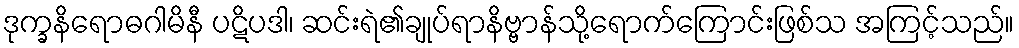
ဒုက္ခနိရောဓဂါမိနီ ပဋိပဒါ၊ ဆင်းရဲ၏ချုပ်ရာနိဗ္ဗာန်သို့ရောက်ကြောင်းဖြစ်သ အကြင့်သည်။